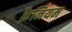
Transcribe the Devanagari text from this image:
क्रैनियम